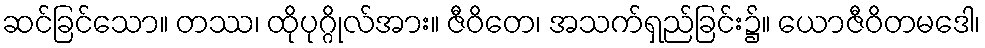
ဆင်ခြင်သော။ တဿ၊ ထိုပုဂ္ဂိုလ်အား။ ဇီဝိတေ၊ အသက်ရှည်ခြင်း၌။ ယောဇီဝိတမဒေါ၊